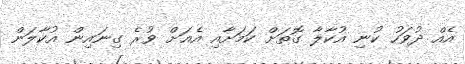
އެއް ދުވަހު ކުނި އުކާލާ ގޮތަށް ކަމަށާއި އެއަށް ވުރެ ގިނައިން އުކާލަން